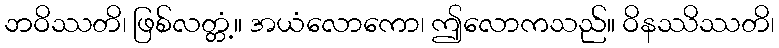
ဘဝိဿတိ၊ ဖြစ်လတ္တံ့။ အယံလောကော၊ ဤလောကသည်။ ဝိနဿိဿတိ၊